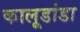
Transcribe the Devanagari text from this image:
कालूडांडा